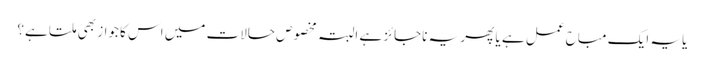
یا یہ ایک مباح عمل ہے یا پھر یہ ناجائز ہے البتہ مخصوص حالات میں اس کا جواز بھی ملتا ہے؟